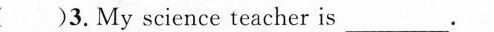
( )3.My science teacher is__.